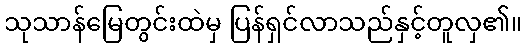
သုသာန်မြေတွင်းထဲမှ ပြန်ရှင်လာသည်နှင့်တူလှ၏။